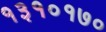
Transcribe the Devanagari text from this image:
१३१०१७०